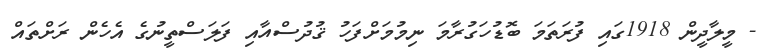
- މީލާދީން 1918ގައި ފުރަތަމަ ބޮޑުހަގުރާމަ ނިމުމަށްފަހު ޤުދުސްއާއި ފަލަސްތީނުގެ އެހެން ރަށްތައް